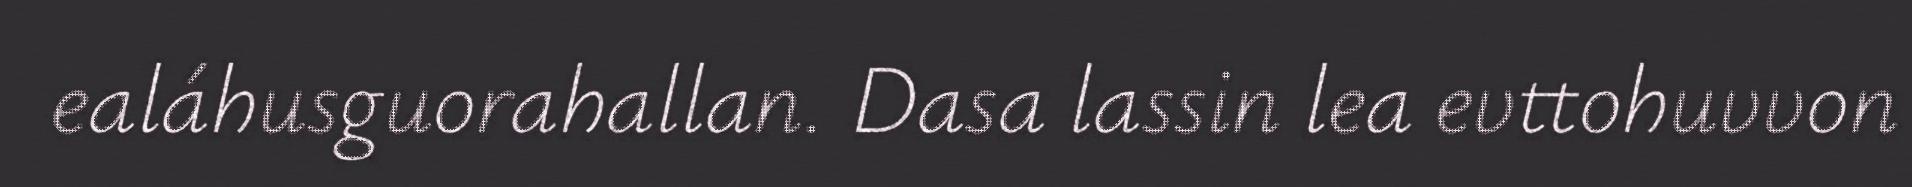
ealáhusguorahallan. Dasa lassin lea evttohuvvon